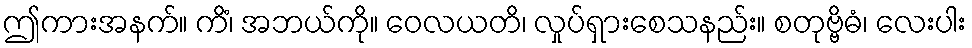
ဤကားအနက်။ ကိံ၊ အဘယ်ကို။ ဝေလယတိ၊ လှုပ်ရှားစေသနည်း။ စတုဗ္ဗိဓံ၊ လေးပါး